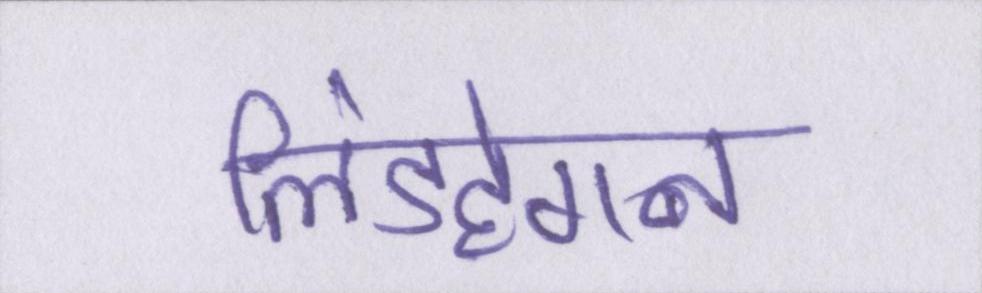
लिंडहेगन